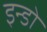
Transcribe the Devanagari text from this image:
इन्डो